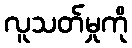
လူသတ်မှုကို